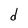
Character: d